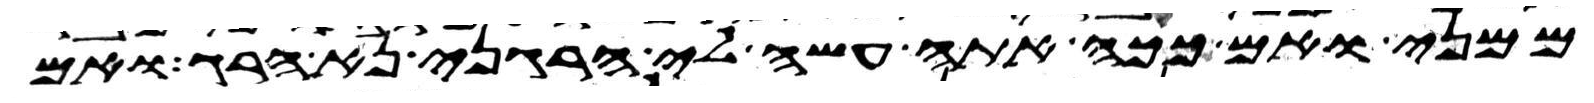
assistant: ממני ואם ככה אתה עשה לי הרגני נא הרג ואם